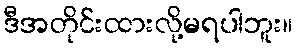
ဒီအတိုင်းထားလို့မရပါဘူး။